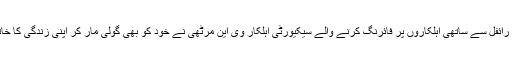
سرکاری رائفل سے ساتھی اہلکاروں پر فائرنگ کرنے والے سیکیورٹی اہلکار وی این مرٹھی نے خود کو بھی گولی مار کر اپنی زندگی کا خاتمہ کرلیا۔